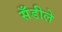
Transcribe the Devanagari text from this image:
सँडीले